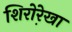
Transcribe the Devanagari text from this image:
शिरोरे़खा